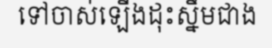
ទៅចាស់ឡើងដុះស្នឹមជាង